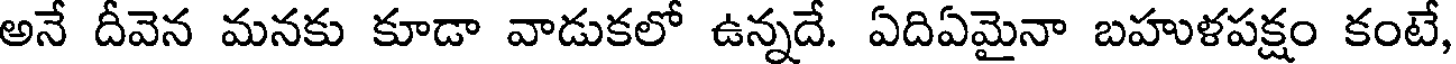
అనే దీవెన మనకు కూడా వాడుకలో ఉన్నదే. ఏదిఏమైనా బహుళపక్షం కంటే,